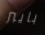
بايبر